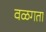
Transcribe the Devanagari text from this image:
वळगता